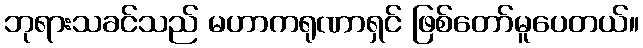
ဘုရားသခင်သည် မဟာကရုဏာရှင် ဖြစ်တော်မူပေတယ်။